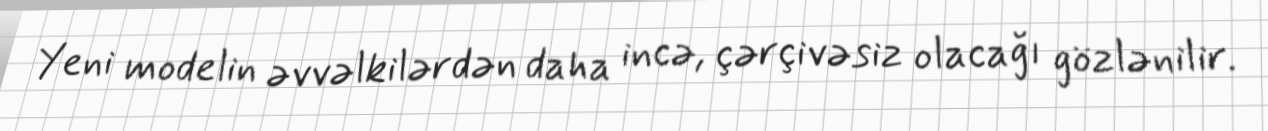
Yeni modelin əvvəlkilərdən daha incə, çərçivəsiz olacağı gözlənilir.